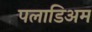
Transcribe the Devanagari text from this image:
पलाडिअम